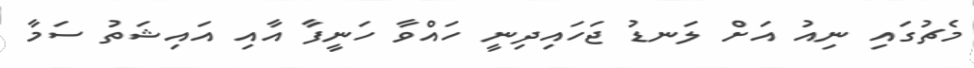
މެޗުގައި ނިއު އަށް ލަނޑު ޖަހައިދިނީ ހައްވާ ހަނީފާ އާއި އައިޝަތު ސަމާ